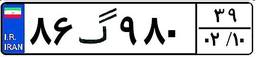
۸۶گ۹۸۰۳۹